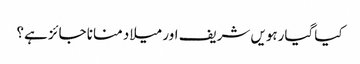
کیا گیارہویں شریف اور میلاد منانا جائز ہے؟